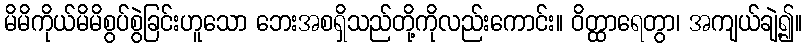
မိမိကိုယ်မိမိစွပ်စွဲခြင်းဟူသော ဘေးအစရှိသည်တို့ကိုလည်းကောင်း။ ဝိတ္ထာရေတွာ၊ အကျယ်ချဲ့၍။